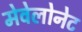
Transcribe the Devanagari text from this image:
मेवेलोनेट